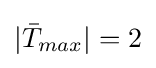
|{\bar {T}}_{max}|=2